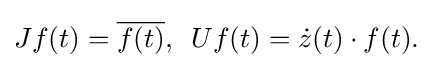
\displaystyle {Jf(t)={\overline {f(t)}},\,\,\,Uf(t)={\dot {z}}(t)\cdot f(t).}